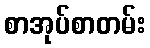
စာအုပ်စာတမ်း